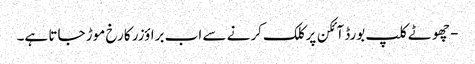
- چھوٹے کلپ بورڈ آئکن پر کلک کرنے سے اب براؤزر کا رخ موڑ جاتا ہے۔